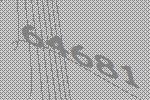
64681